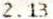
2.13